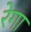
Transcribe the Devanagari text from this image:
रेगा